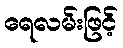
ရေလမ်းဖြင့်